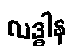
လဒ္ဓါန